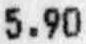
5.90